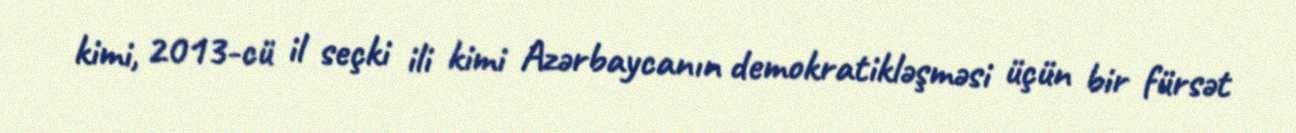
kimi, 2013-cü il seçki ili kimi Azərbaycanın demokratikləşməsi üçün bir fürsət